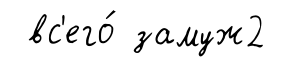
вс'его́ замуж2